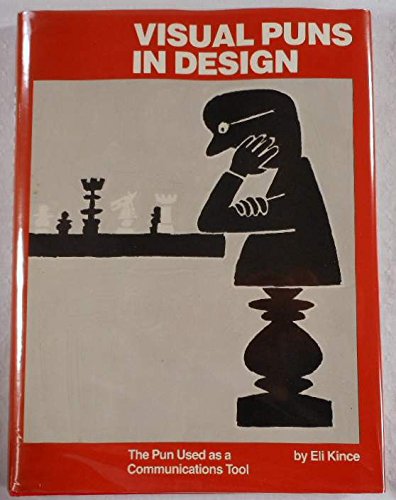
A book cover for Visual Puns in Design: The Pun Used As a Communications Tool; Eli Kince; Humor & Entertainment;